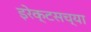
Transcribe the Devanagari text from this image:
इरेक्टसच्या